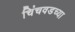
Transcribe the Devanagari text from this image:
चिंचवडच्या